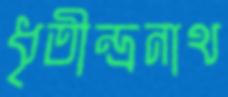
ধৃতীন্দ্রনাথ